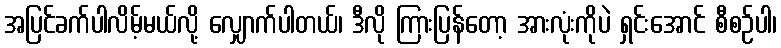
အပြင်ခက်ပါလိမ့်မယ်လို့ လျှောက်ပါတယ်၊ ဒီလို ကြားပြန်တော့ အားလုံးကိုပဲ ရှင်းအောင် စီစဉ်ပါ၊